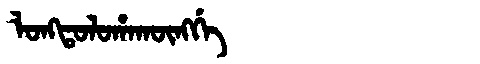
Manchu: ᠯᠣᠩᡨᠣᠯᠣᡥᠠᡴᡡᠩᡤᡝ
Romanization: LONGTOLOHAKŪNGGE